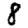
Digit: 8